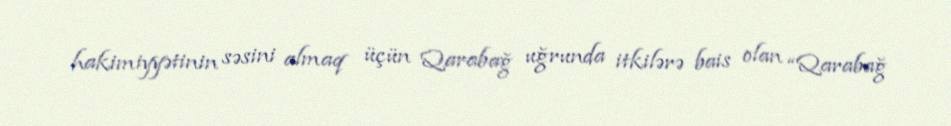
hakimiyyətinin səsini almaq üçün Qarabağ uğrunda itkilərə bais olan “Qarabağ